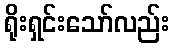
ရိုးရှင်းသော်လည်း